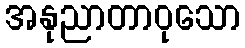
အနုညာတာဝုသော